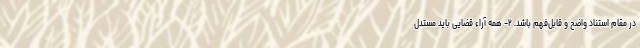
در مقام استناد واضح و قابل‌فهم باشد. ۲- همه آراء قضایی باید مستدل